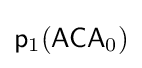
{\mathsf {p}}_{1}({\mathsf {ACA}}_{0})